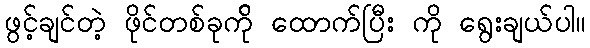
ဖွင့်ချင်တဲ့ ဖိုင်တစ်ခုက်ို ထောက်ပြီး ကို ရွေးချယ်ပါ။